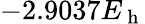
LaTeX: -2.9037E_{\mathrm{~h~}}